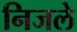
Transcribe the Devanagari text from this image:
निजले